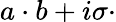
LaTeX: a\cdot b+i\sigma\cdot